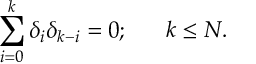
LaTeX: \sum _ { i = 0 } ^ { k } \delta _ { i } \delta _ { k - i } = 0 ; \ \ \ \ \ k \leq N .